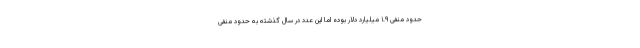
حدود منفی ۱.۹ میلیارد دلار بوده اما این عدد در سال گذشته به حدود منفی